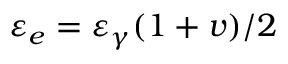
\varepsilon _ { e } = \varepsilon _ { \gamma } ( 1 + v ) / 2